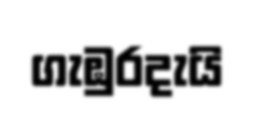
ගැඹුරදැයි